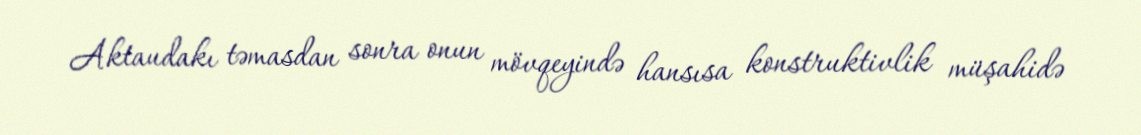
Aktaudakı təmasdan sonra onun mövqeyində hansısa konstruktivlik müşahidə